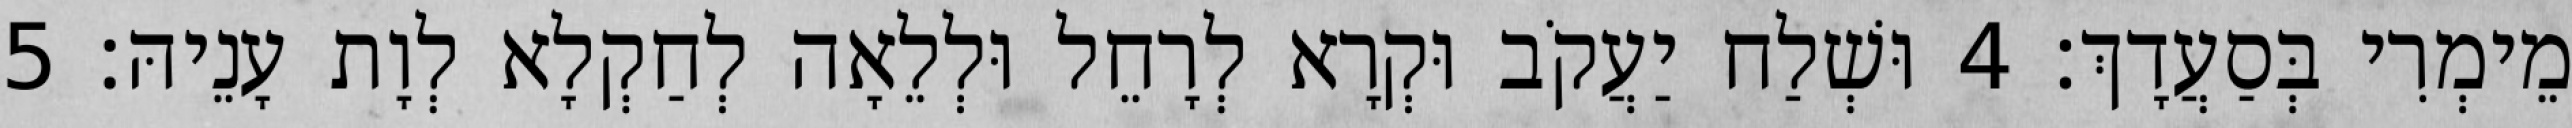
מֵימְרִי בְּסַעֲדָךְ׃ 4 וּשְׁלַח יַעֲקֹב וּקְרָא לְרָחֵל וּלְלֵאָה לְחַקְלָא לְוָת עָנֵיהּ׃ 5